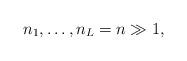
LaTeX: \begin{align*} n_1,\ldots, n_L=n\gg 1,\end{align*}